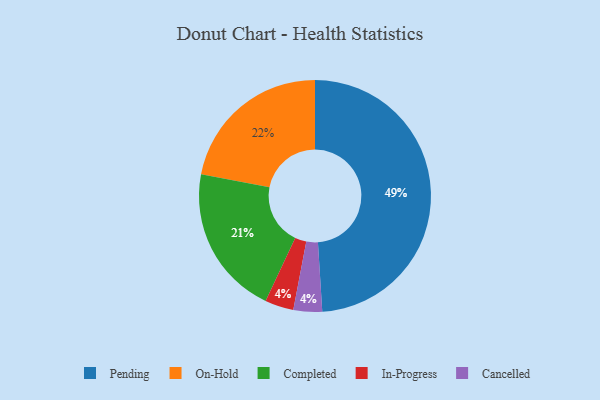
{"axis": {"x": "Category", "y": "Percentage"}, "legend": ["Cancelled", "Completed", "In-Progress", "On-Hold", "Pending"], "data": [{"x": "In-Progress", "y": 4, "type": "In-Progress"}, {"x": "Cancelled", "y": 4, "type": "Cancelled"}, {"x": "Completed", "y": 21, "type": "Completed"}, {"x": "On-Hold", "y": 22, "type": "On-Hold"}, {"x": "Pending", "y": 49, "type": "Pending"}]}